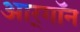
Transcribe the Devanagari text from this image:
आर्‌गॉन